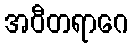
အဝီတရာဂေ